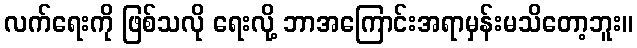
လက်ရေးကို ဖြစ်သလို ရေးလို့ ဘာအကြောင်းအရာမှန်းမသိတော့ဘူး။